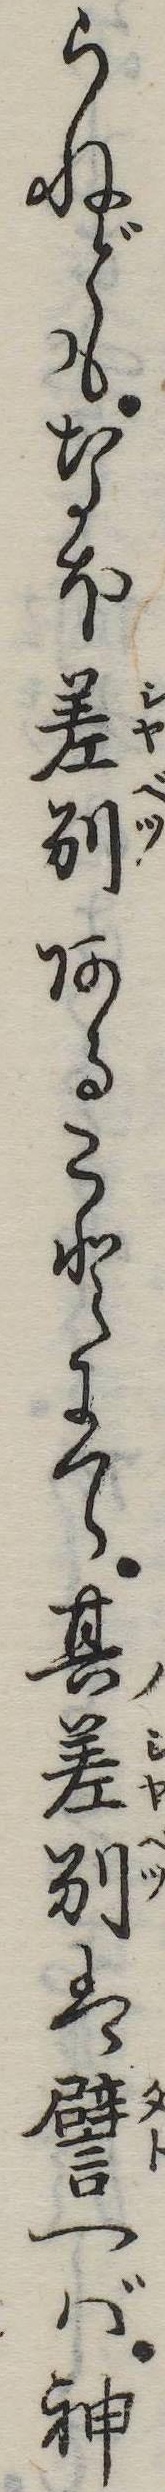
らねどもなほ差別あることにて其差別は譬へば神